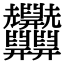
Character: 𦧄